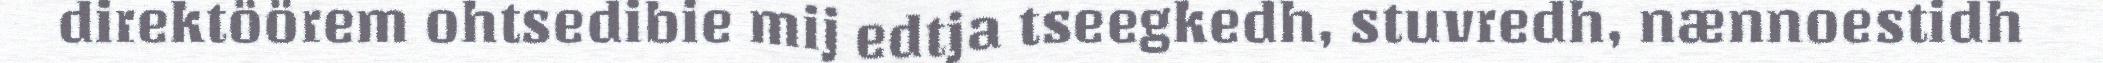
direktöörem ohtsedibie mij edtja tseegkedh, stuvredh, nænnoestidh